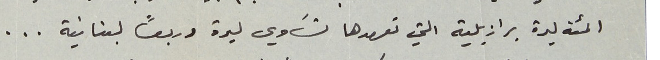
المئة ليرة برازيلية التي تعهدها تسَاوي ليرة وربعاً لبنانية . . .